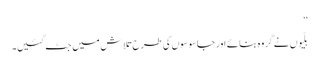
‘‘
بلّیوں نے گروہ بنائے اور جاسوسوں کی طرح تلاش میں جٹ گئیں۔